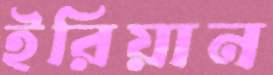
ইরিয়ান